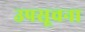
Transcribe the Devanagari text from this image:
उपसूचना